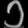
Digit: ၁